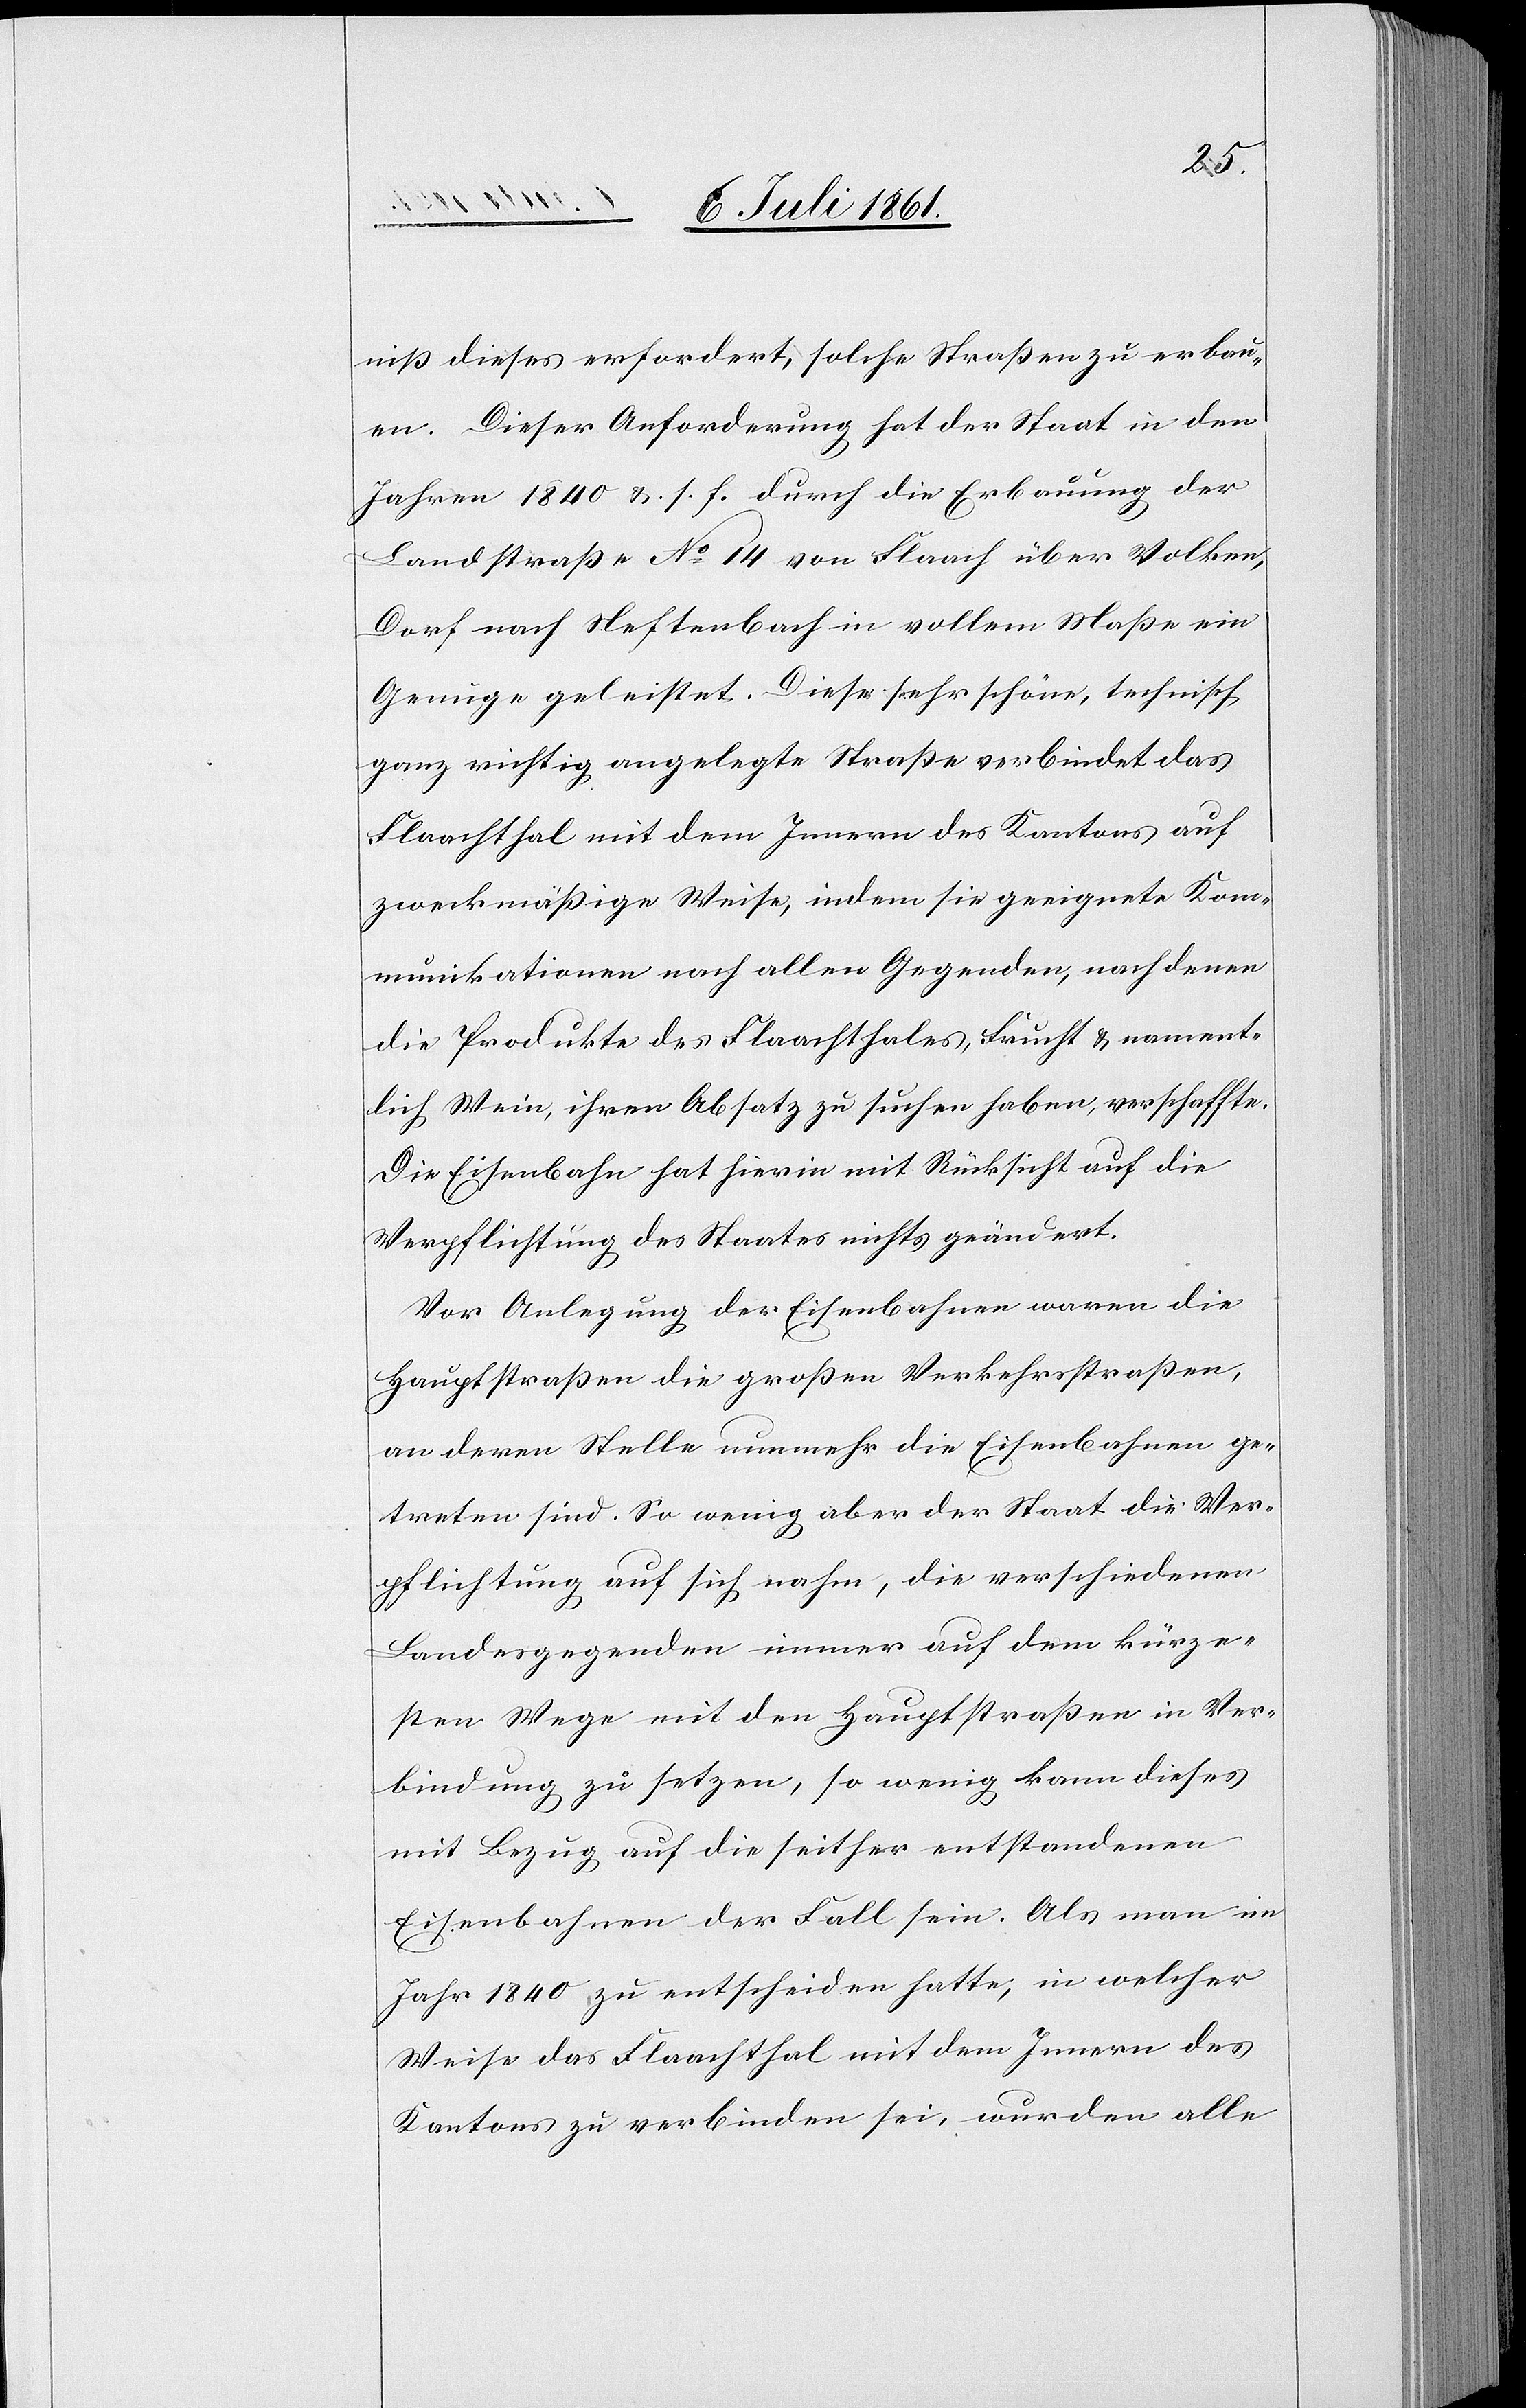
niß dieses erfordert, solche Straßen zu erbau¬
en. Dieser Anforderung hat der Staat in den
Jahren 1840 u. s. f. durch die Erbauung der
Landstraßen N° 14 von Flaach über Volken,
Dorf nach Neftenbach in vollem Maße ein
Genuge geleistet. Diese sehr schöne, technisch
ganz richtig angelegte Straße verbindet das
Flaachthal mit dem Innern des Kantons auf
zweckmäßige Weise, indem sie geeignete Kom¬
munikationen nach allen Gegenden, nach denen
die Produkte des Flaachthales, Frucht u. nament¬
lich Wein, ihren Absatz zu suchen haben, verschaffte.
Die Eisenbahn hat hierin mit Rücksicht auf die
Verpflichtung des Staates nichts geändert.
Vor Anlegung der Eisenbahnen waren die
Hauptstraßen die großen Verkehrsstraßen,
an deren Stelle nunmehr die Eisenbahnen ge¬
treten sind. So wenig aber der Staat die Ver¬
pflichtung auf sich nahm, die verschiedenen
Landesgegenden immer auf dem kürze¬
steten Wege mit den Hauptstraßen in Ver¬
bindung zu setzen, so wenig kann dieses
mit Bezug auf die seither entstandenen
Eisenbahnen der Fall sein. Als man im
Jahr 1840 zu entscheiden hatte, in welcher
Weise das Flaachthal mit dem Innern des
Kantons zu verbinden sei, wurden alle